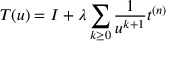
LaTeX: T ( u ) = I + \lambda \sum _ { k \geq 0 } \frac { 1 } { u ^ { k + 1 } } t ^ { ( n ) }